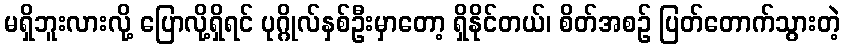
မရှိဘူးလားလို့ ပြောလို့ရှိရင် ပုဂ္ဂိုလ်နှစ်ဦးမှာတော့ ရှိနိုင်တယ်၊ စိတ်အစဉ် ပြတ်တောက်သွားတဲ့